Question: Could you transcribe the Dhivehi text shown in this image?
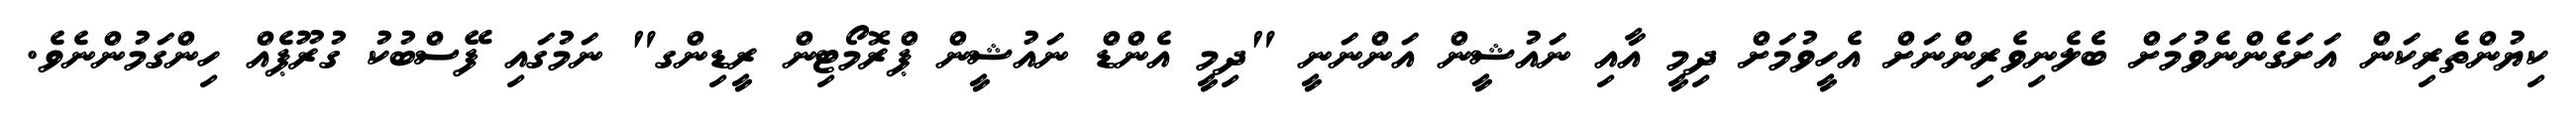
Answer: ކިޔުންތެރިކަން އަށަގެންނެވުމަށް ބެލެނިވެރިންނަށް އެހީވުމަށް ދިމީ އާއި ނައުޝީން އަންނަނީ "ދިމީ އެންޑް ނައުޝީން ޕްރޮމޯޓިން ރީޑިންގ" ނަމުގައި ފޭސްބުކު ގުރޫޕެއް ހިންގަމުންނެވެ.